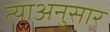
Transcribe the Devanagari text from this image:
त्याअनुसार